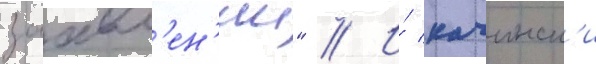
заавл'ен'ии" // И́ качинск'и